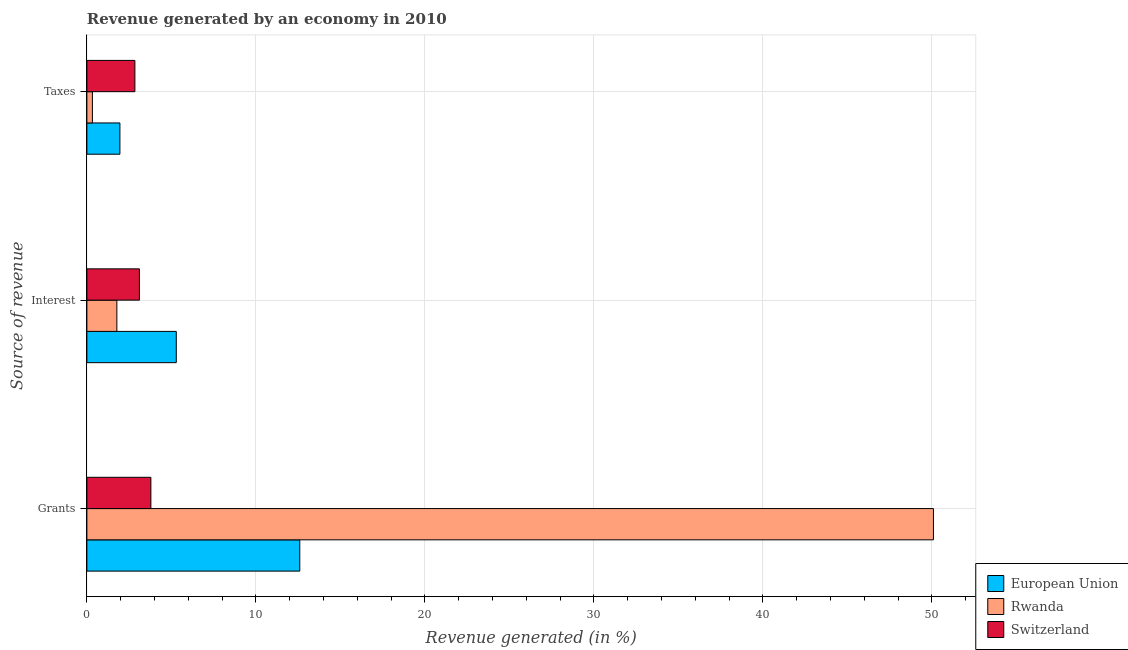
| Source of revenue | European Union | Rwanda | Switzerland |
 | --- | --- | --- | --- |
 | Grants | 12.6 | 50.1 | 3.79 |
 | Interest | 5.29 | 1.77 | 3.11 |
 | Taxes | 1.95 | 0.327 | 2.84 |